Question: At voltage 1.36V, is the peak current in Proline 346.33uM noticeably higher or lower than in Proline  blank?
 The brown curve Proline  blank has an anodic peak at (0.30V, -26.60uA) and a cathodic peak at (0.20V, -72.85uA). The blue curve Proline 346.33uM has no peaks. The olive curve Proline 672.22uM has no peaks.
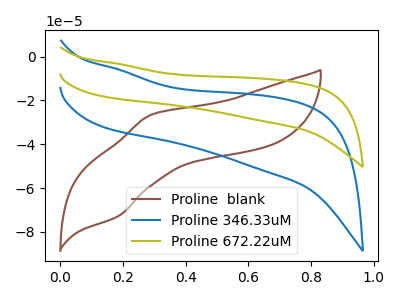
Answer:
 <answer>"Proline 346.33uM" and "Proline  blank" dont share a peak at 1.36V.</answer>
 <eval>mismatch</eval>